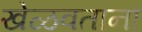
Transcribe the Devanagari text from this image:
खेळवताना